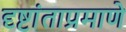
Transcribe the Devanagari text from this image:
दृष्टांताप्रमाणे